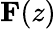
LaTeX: \mathbf{F}(z)